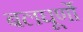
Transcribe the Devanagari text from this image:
बलघूर्णो